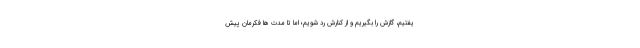
یفتیم، گازش را بگیریم و از کنارش رد شویم؛ اما تا مدت ها فکرمان پیش